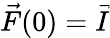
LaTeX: \vec{F}(0)=\vec{I}